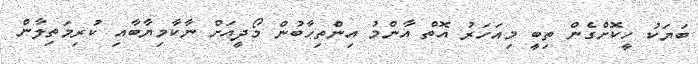
ބަޔަކު ހީކޮށްގެން ތިބީ މިއަހަރު އޮތް އާންމު އިންތިހާބުން މޯދީއަށް ނާކާމިޔާބާއި ކުރިމަތިލާން